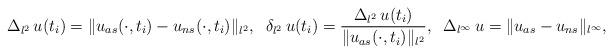
LaTeX: \begin{align*}\Delta _{l^{2}}\,u(t_{i})=\Vert u_{as}(\cdot ,t_{i})-u_{ns}(\cdot,t_{i})\Vert _{l^{2}},\;\;\delta _{l^{2}}\,u(t_{i})=\frac{\Delta_{l^{2}}\,u(t_{i})}{\Vert u_{as}(\cdot ,t_{i})\Vert _{l^{2}}},\;\;\Delta_{l^{\infty }}\,u=\Vert u_{as}-u_{ns}\Vert _{l^{\infty }}, \end{align*}